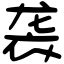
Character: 袭